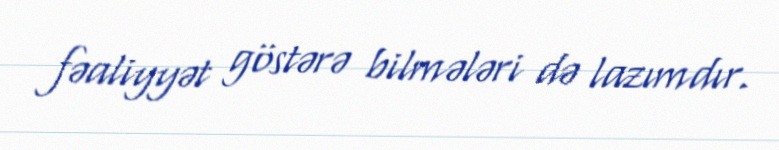
fəaliyyət göstərə bilmələri də lazımdır.